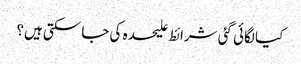
کیا لگائی گئی شرائط علیحدہ کی جا سکتی ہیں؟